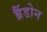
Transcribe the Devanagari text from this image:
ब्रैंडोन